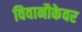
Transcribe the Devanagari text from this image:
विवानौकेवर